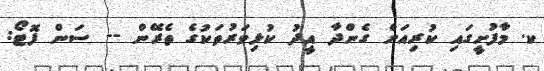
ކ. މާފުށީގައި ކުރިއަށް ގެންދާ އީދު ކުޅިވަރުތަކުގެ ތެރޭން -- ސަން ފޮޓޯ: